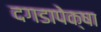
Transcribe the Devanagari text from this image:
दगडापेक्षा